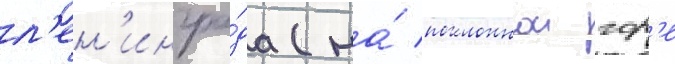
л'ен'ингра́да (на́ поклоннои гор'е